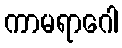
ကာမရာဂေါ